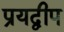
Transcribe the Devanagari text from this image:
प्रयद्वीप